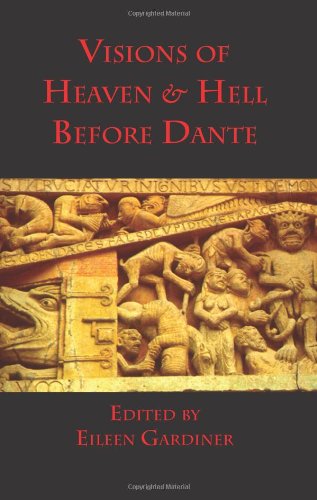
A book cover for Visions of Heaven & Hell Before Dante; Eileen Gardiner; Christian Books & Bibles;